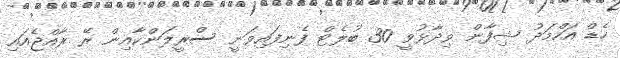
ހެޑް އަހްމަދު ޝިފާން ވިދާޅުވީ 30 ބުލެޓް ފެނިފައިވަނީ ސްރީލަންކާއިން ރޭ ރާއްޖެއައި